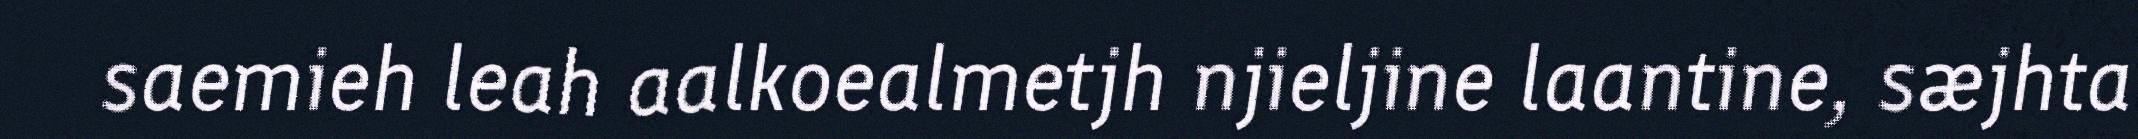
saemieh leah aalkoealmetjh njieljine laantine, sæjhta